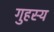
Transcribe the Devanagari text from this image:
गुहस्य